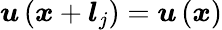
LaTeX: \boldsymbol{u}\left(\boldsymbol{x}+\boldsymbol{l}_{j}\right)=\boldsymbol{u}\left(\boldsymbol{x}\right)